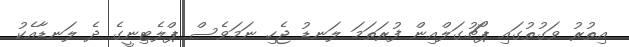
އިތުރު ވަގުތުގައި ޕޯޗުގަލްއިން ފުރަތަމަ ލަނޑު ޖެހި ނަމަވެސް ޕްލެޓިނީގެ ދެ ލަނޑާއެކު